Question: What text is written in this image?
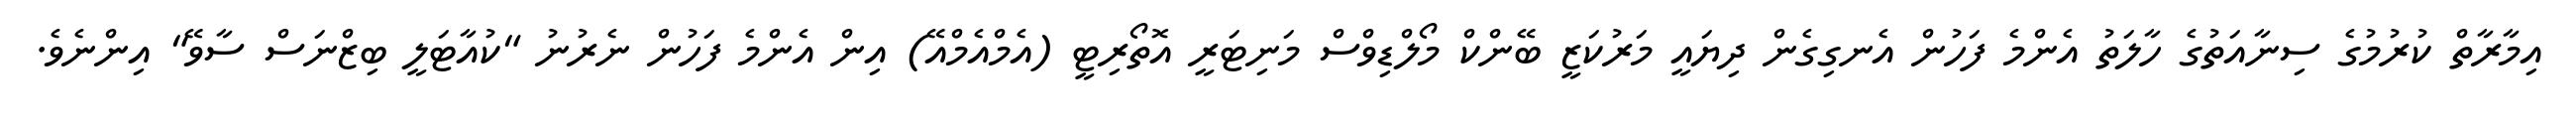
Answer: އިމާރާތް ކުރުމުގެ ސިނާއަތުގެ ހާލަތު އެންމެ ފަހުން އެނގިގެން ދިޔައީ މަރުކަޒީ ބޭންކް މޯލްޑިވްސް މަނިޓަރީ އޮތޯރިޓީ (އެމްއެމްއޭ) އިން އެންމެ ފަހުން ނެރުނު "ކުއާޓަލީ ބިޒްނަސް ސާވޭ" އިންނެވެ.